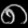
Digit: ၈